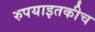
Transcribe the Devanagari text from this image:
रुपयाइतकीच